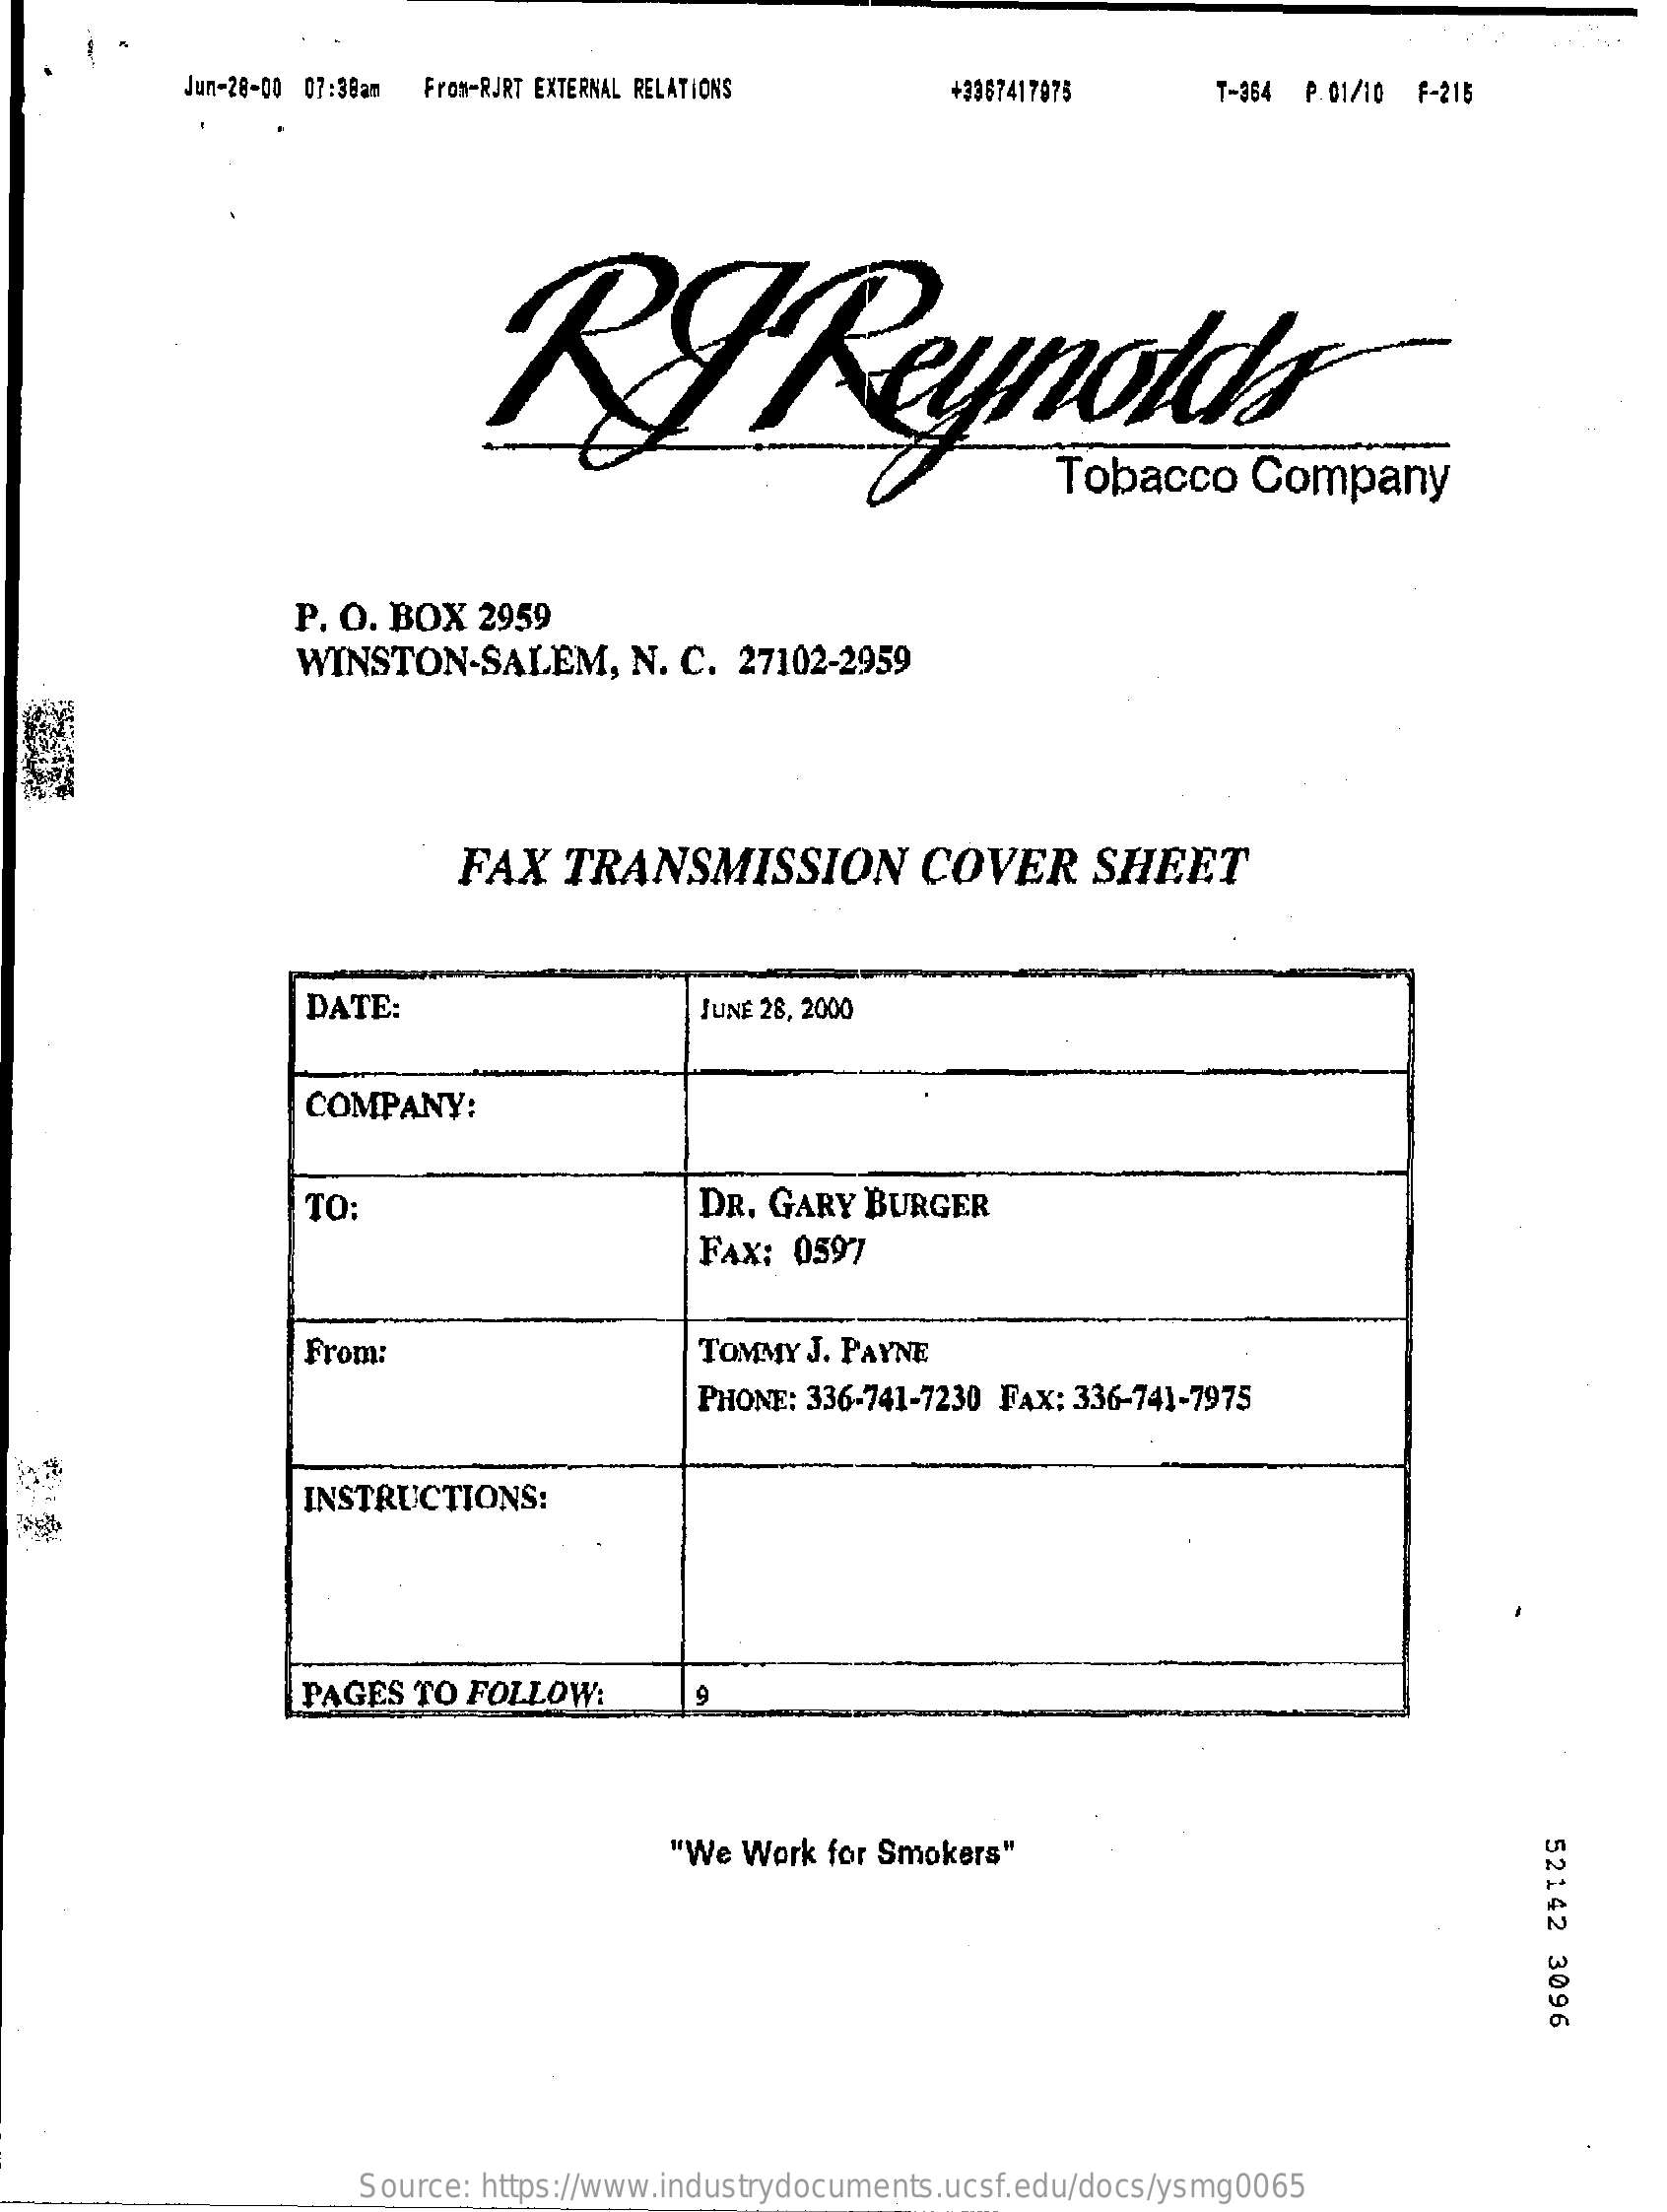
Jun-28-00 07:30am From-RJRT EXTERNAL RELATIONS +3367417975 T-364 P.01/10 F-215
     RTReynolds
     Tobacco   Company
     P. O. BOX 2959
     WINSTON-SALEM,    N. C. 27102-2959
     FAX  TRANSMISSION    COVER    SHEET
     DATE:    JUNE 28, 2000
     COMPANY:
     TO:    DR. GARY BURGER
     FAX: 0597
     From:    TOMMY J. PAYNE
     PHONE: 336-741-7230 FAX: 336-741-7975
     INSTRUCTIONS:
     PAGES TO FOLLOW:    9
     "We Work for Smokers"
     52142
     3096
     Source: https://www.industrydocuments.ucsf.edu/docs/ysmg0065